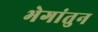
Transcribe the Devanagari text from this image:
भेगांतुन